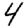
Digit: 4